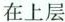
在上层